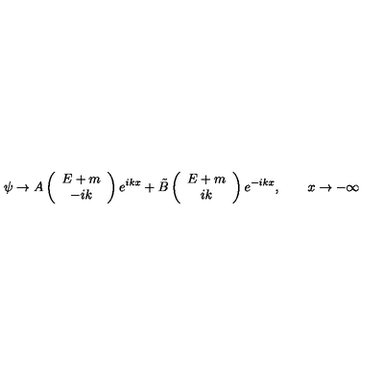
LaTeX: \psi \to A \left( \begin{array} { c } { E + m } \\ { - i k } \\ \end{array} \right) e ^ { i k x } + \tilde { B } \left( \begin{array} { c } { E + m } \\ { i k } \\ \end{array} \right) e ^ { - i k x } , \qquad x \to - \infty